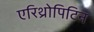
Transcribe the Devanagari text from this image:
एरिथ्रोपिटिन